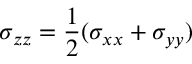
\sigma _ { z z } = \frac { 1 } { 2 } ( \sigma _ { x x } + \sigma _ { y y } )